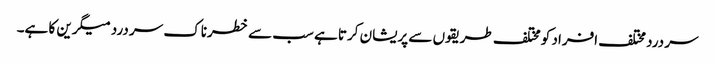
سر درد مختلف افراد کو مختلف طریقوں سے پریشان کرتا ہے سب سے خطرناک سر درد میگرین کا ہے۔